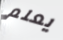
يعلم